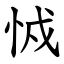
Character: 㤜